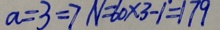
a = 3 \Rightarrow N = 6 0 \times 3 - 1 = 1 7 9